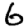
Digit: 6